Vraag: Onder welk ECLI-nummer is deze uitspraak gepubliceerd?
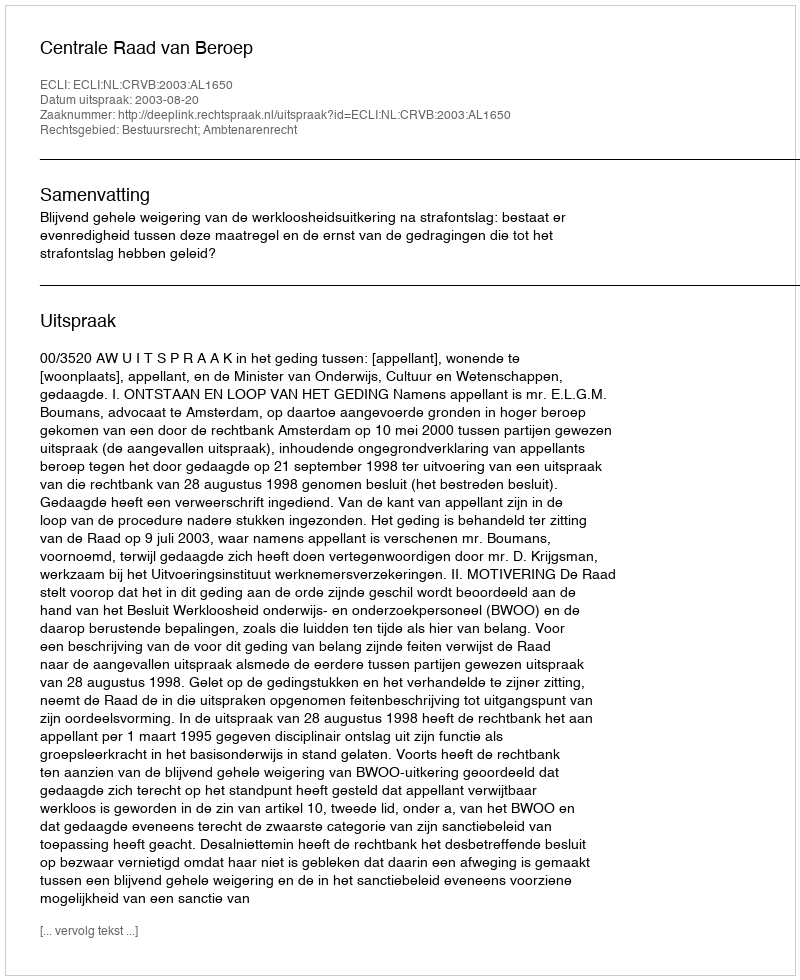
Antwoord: ECLI:NL:CRVB:2003:AL1650